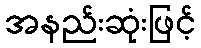
အနည်းဆုံးဖြင့်